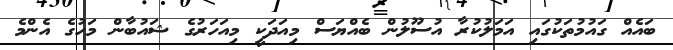
ބައެއް ގައުމުތަކުގައި އަމަލުކުރާ އުސޫލުން ބެއްޔަސް މިއަދަކީ މިއަހަރުގެ ޝައުބާން މަހުގެ އެންމެ